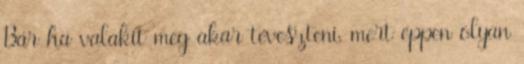
Bár ha valakit meg akar téveszteni, mert éppen olyan